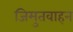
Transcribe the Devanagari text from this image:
जिमुतवाहन